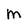
Character: M